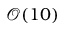
\mathcal { O } ( 1 0 )